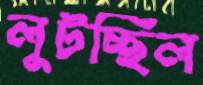
লুটচ্ছিল